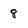
Character: 8